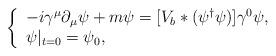
LaTeX: \begin{align*}\left\{\begin{array}{l}-i\gamma^\mu\partial_\mu\psi+m\psi = [V_b*(\psi^\dagger\psi)]\gamma^0\psi,\\\psi|_{t=0} = \psi_0,\end{array}\right.\end{align*}